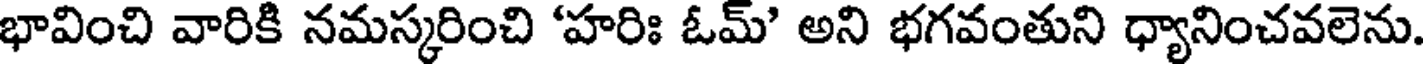
భావించి వారికి నమస్కరించి 'హరిః ఓమ్' అని భగవంతుని ధ్యానించవలెను.